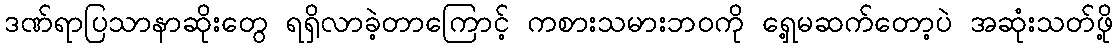
ဒဏ်ရာပြသာနာဆိုးတွေ ရရှိလာခဲ့တာကြောင့် ကစားသမားဘဝကို ရှေ့မဆက်တော့ပဲ အဆုံးသတ်ဖို့